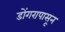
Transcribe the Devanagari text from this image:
डोंगरापासून